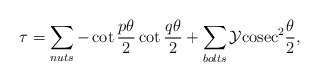
\begin{align*}\tau = \sum_{nuts} -\cot \frac{p\theta}{2} \cot \frac{q\theta}{2} + \sum_{bolts} \cal{Y} \rm{cosec}^2 \frac{\theta}{2}, \end{align*}